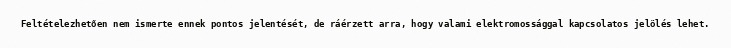
Feltételezhetően nem ismerte ennek pontos jelentését, de ráérzett arra, hogy valami elektromossággal kapcsolatos jelölés lehet.